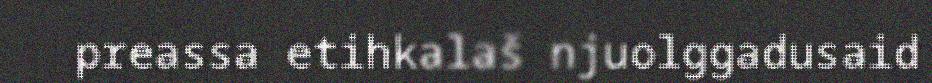
preassa etihkalaš njuolggadusaid